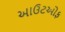
આઉટઓફ